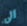
الى